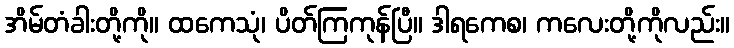
အိမ်တံခါးတို့ကို။ ထကေသုံ၊ ပိတ်ကြကုန်ပြီ။ ဒါရကေစ၊ ကလေးတို့ကိုလည်း။